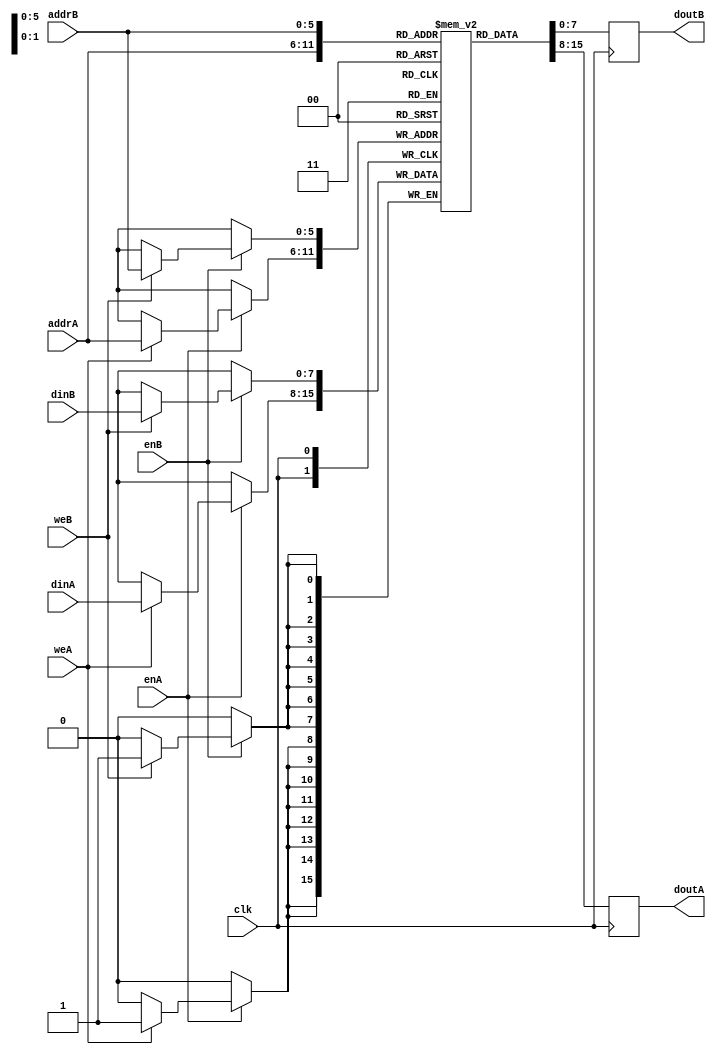
// This program was cloned from: https://github.com/IObundle/iob-lib
// License: MIT License

`timescale 1ns/1ps

module iob_ram_dp
  #(
    parameter HEXFILE = "none",
    parameter DATA_W = 8,
    parameter ADDR_W = 6
    )
   (
    input                   clk,

    // Port A
    input [DATA_W-1:0]      dinA,
    input [ADDR_W-1:0]      addrA,
    input                   enA,
    input                   weA,
    output reg [DATA_W-1:0] doutA,

    // Port B
    input [DATA_W-1:0]      dinB,
    input [ADDR_W-1:0]      addrB,
    input                   enB,
    input                   weB,
    output reg [DATA_W-1:0] doutB
    );

   //this allows ISE 14.7 to work; do not remove
   localparam mem_init_file_int = HEXFILE;


   // Declare the RAM
   reg [DATA_W-1:0]         ram[2**ADDR_W-1:0];

   // Initialize the RAM
   initial
     if(mem_init_file_int != "none")
       $readmemh(mem_init_file_int, ram, 0, 2**ADDR_W - 1);

   always @ (posedge clk) begin// Port A
      if (enA)
        if (weA)
	        ram[addrA] <= dinA;
      `ifdef IS_CYCLONEV
        else
      `endif
      doutA <= ram[addrA];
    end

   always @ (posedge clk) begin // Port B
      if (enB)
        if (weB)
	        ram[addrB] <= dinB;
      `ifdef IS_CYCLONEV
        else
      `endif
	    doutB <= ram[addrB];
    end

endmodule